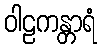
ဝါဠကန္တာရံ